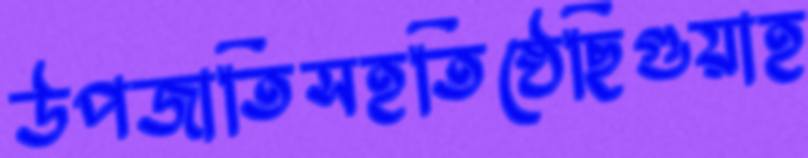
উপজাতিসহতিষ্ঠেছিগুয়াহ